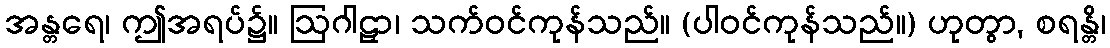
အန္တရေ၊ ဤအရပ်၌။ ဩဂါဠှာ၊ သက်ဝင်ကုန်သည်။ (ပါဝင်ကုန်သည်။) ဟုတွာ, စရန္တိ၊